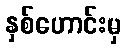
နှစ်ဟောင်းမှ